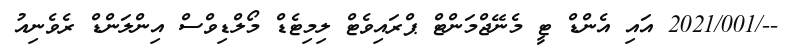
--/2021/001 އައި އެންޑް ޓީ މެނޭޖްމަންޓް ޕްރައިވެޓް ލިމިޓެޑް މޯލްޑިވްސް އިންލަންޑް ރެވެނިއު